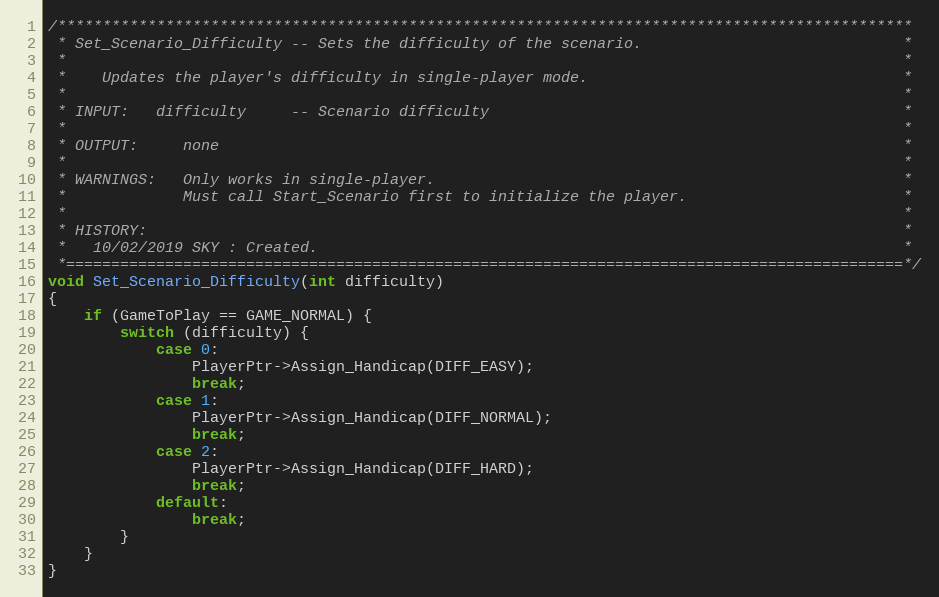
Language: C++
/***********************************************************************************************
 * Set_Scenario_Difficulty -- Sets the difficulty of the scenario.                             *
 *                                                                                             *
 *    Updates the player's difficulty in single-player mode.                                   *
 *                                                                                             *
 * INPUT:   difficulty     -- Scenario difficulty                                              *
 *                                                                                             *
 * OUTPUT:     none                                                                            *
 *                                                                                             *
 * WARNINGS:   Only works in single-player.                                                    *
 *             Must call Start_Scenario first to initialize the player.                        *
 *                                                                                             *
 * HISTORY:                                                                                    *
 *   10/02/2019 SKY : Created.                                                                 *
 *=============================================================================================*/
void Set_Scenario_Difficulty(int difficulty)
{
	if (GameToPlay == GAME_NORMAL) {
		switch (difficulty) {
			case 0:
				PlayerPtr->Assign_Handicap(DIFF_EASY);
				break;
			case 1:
				PlayerPtr->Assign_Handicap(DIFF_NORMAL);
				break;
			case 2:
				PlayerPtr->Assign_Handicap(DIFF_HARD);
				break;
			default:
				break;
		}
	}
}